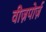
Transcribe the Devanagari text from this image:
वीज़पोर्ज़